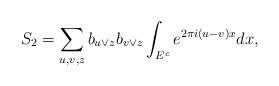
LaTeX: \begin{align*}S_2=\sum_{u,v,z}b_{u\vee z}b_{v\vee z}\int_{E^c}e^{2\pi i(u-v)x}dx,\end{align*}